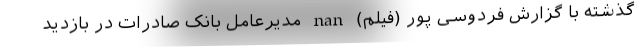
گذشته با گزارش فردوسی پور (فیلم) nan مدیرعامل بانک صادرات در بازدید